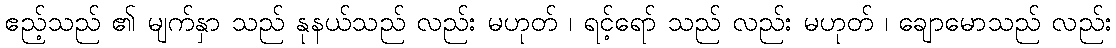
ဧည့်သည် ၏ မျက်နှာ သည် နုနယ်သည် လည်း မဟုတ် ၊ ရင့်ရော် သည် လည်း မဟုတ် ၊ ချောမောသည် လည်း